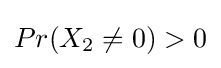
Pr(X_{2}\neq 0)>0